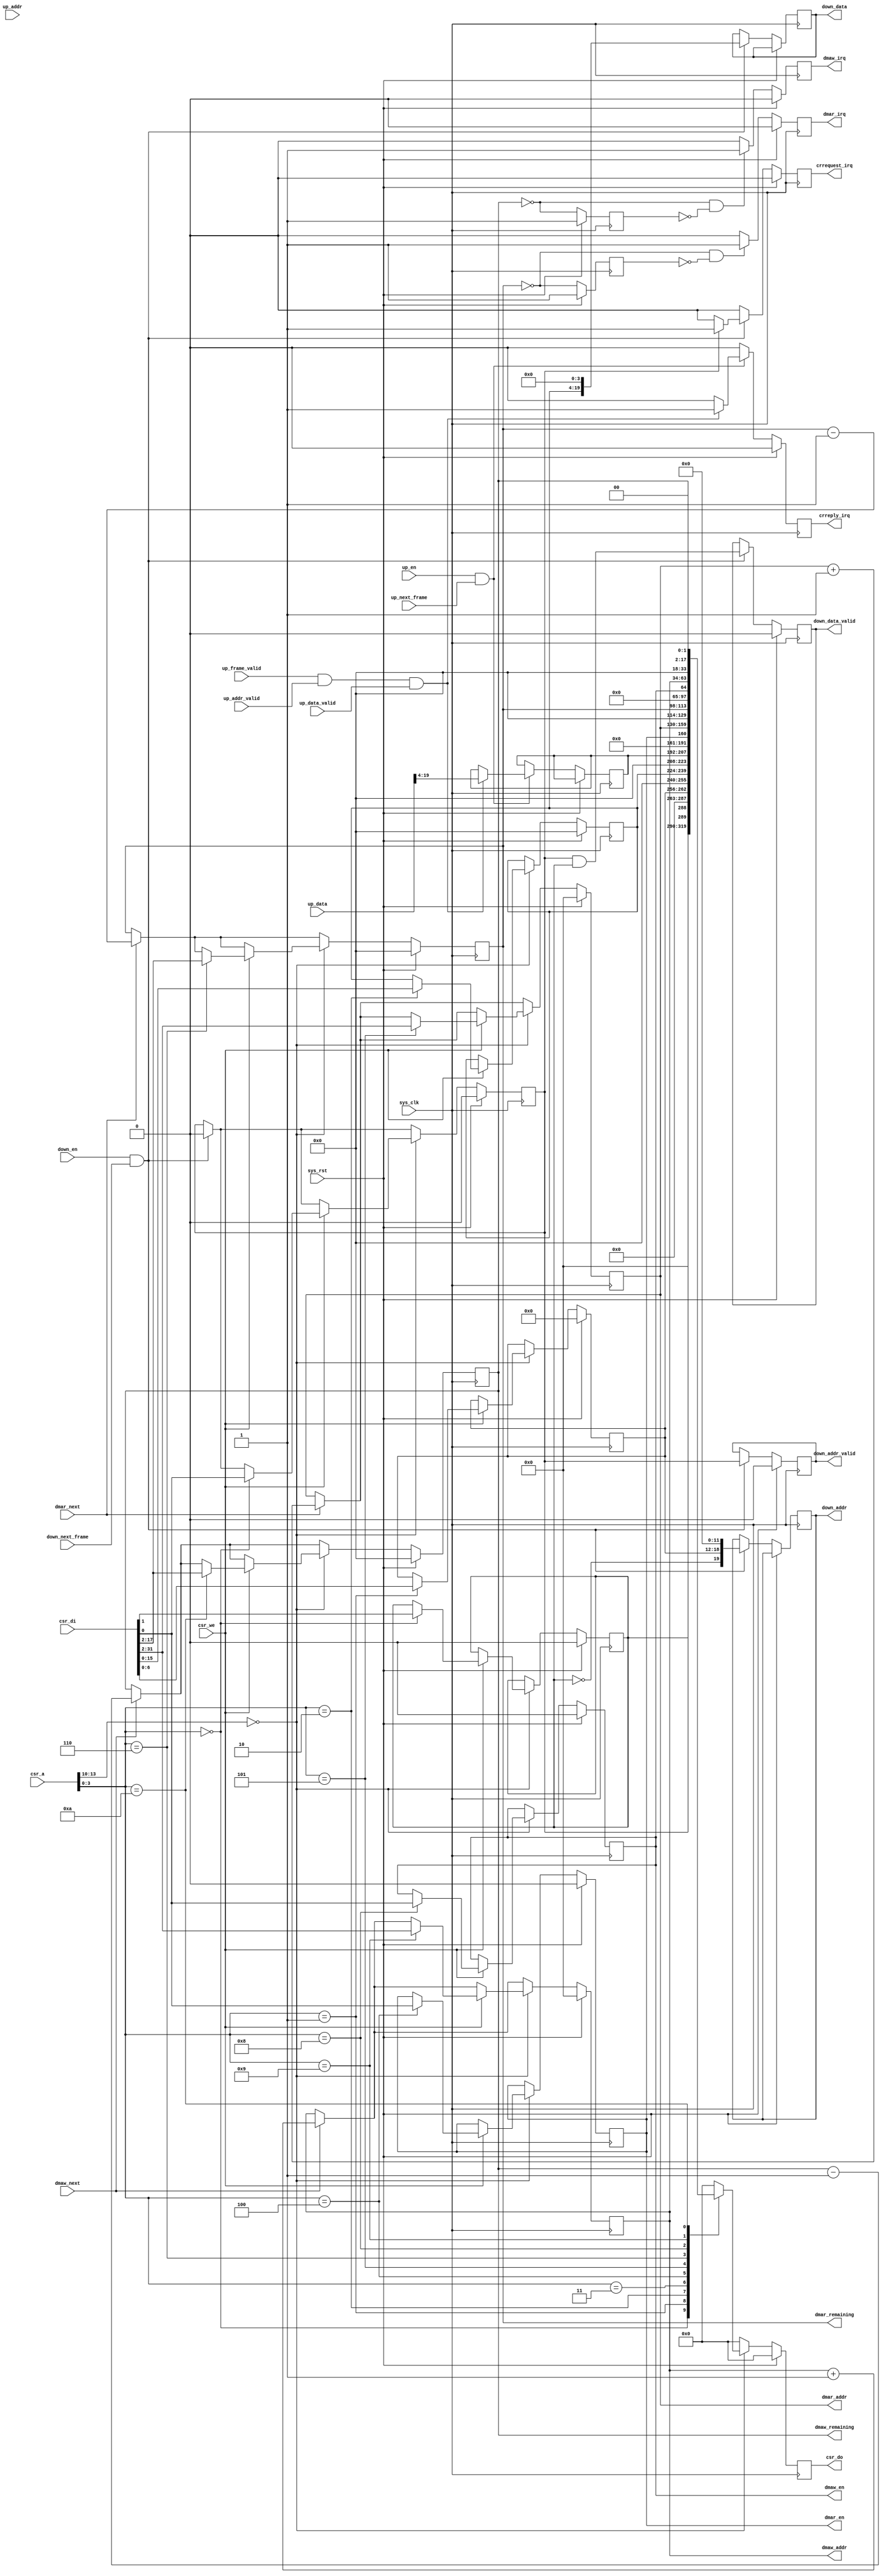
module ac97_ctlif #(
	parameter csr_addr = 4'h0
) (
	input sys_clk,
	input sys_rst,

	input [13:0] csr_a,
	input csr_we,
	input [31:0] csr_di,
	output reg [31:0] csr_do,
	
	output reg crrequest_irq,
	output reg crreply_irq,
	output reg dmar_irq,
	output reg dmaw_irq,
	
	input down_en,
	input down_next_frame,
	output reg down_addr_valid,
	output reg [19:0] down_addr,
	output reg down_data_valid,
	output reg [19:0] down_data,

	input up_en,
	input up_next_frame,
	input up_frame_valid,
	input up_addr_valid,
	input [19:0] up_addr,
	input up_data_valid,
	input [19:0] up_data,
	
	output reg dmar_en,
	output reg [29:0] dmar_addr,
	output reg [15:0] dmar_remaining,
	input dmar_next,
	output reg dmaw_en,
	output reg [29:0] dmaw_addr,
	output reg [15:0] dmaw_remaining,
	input dmaw_next
);

wire dmar_finished = dmar_remaining == 16'd0;
reg dmar_finished_r;
always @(posedge sys_clk) begin
	if(sys_rst)
		dmar_finished_r <= 1'b1;
	else
		dmar_finished_r <= dmar_finished;
end
wire dmaw_finished = dmaw_remaining == 16'd0;
reg dmaw_finished_r;
always @(posedge sys_clk) begin
	if(sys_rst)
		dmaw_finished_r <= 1'b1;
	else
		dmaw_finished_r <= dmaw_finished;
end

wire csr_selected = csr_a[13:10] == csr_addr;

reg request_en;
reg request_write;
reg [6:0] request_addr;
reg [15:0] request_data;
reg [15:0] reply_data;
always @(posedge sys_clk) begin
	if(sys_rst) begin
		csr_do <= 32'd0;
		request_en <= 1'b0;
		request_write <= 1'b0;
		request_addr <= 7'd0;
		request_data <= 16'd0;
		
		down_addr_valid <= 1'b0;
		down_data_valid <= 1'b0;
		
		dmar_en <= 1'b0;
		dmar_addr <= 30'd0;
		dmar_remaining <= 16'd0;
		dmaw_en <= 1'b0;
		dmaw_addr <= 30'd0;
		dmaw_remaining <= 16'd0;
		
		crrequest_irq <= 1'b0;
		crreply_irq <= 1'b0;
		dmar_irq <= 1'b0;
		dmaw_irq <= 1'b0;
	end else begin
		crrequest_irq <= 1'b0;
		crreply_irq <= 1'b0;
		dmar_irq <= 1'b0;
		dmaw_irq <= 1'b0;
	
		if(down_en & down_next_frame) begin
			down_addr_valid <= request_en;
			down_addr <= {~request_write, request_addr, 12'd0};
			down_data_valid <= request_en & request_write;
			down_data <= {request_data, 4'd0};
			
			request_en <= 1'b0;
			if(request_en)
				crrequest_irq <= 1'b1;
		end
		if(up_en & up_next_frame) begin
			if(up_frame_valid & up_addr_valid & up_data_valid) begin
				crreply_irq <= 1'b1;
				reply_data <= up_data[19:4];
			end
		end
		
		if(dmar_next) begin
			dmar_addr <= dmar_addr + 30'd1;
			dmar_remaining <= dmar_remaining - 16'd1;
		end
		if(dmaw_next) begin
			dmaw_addr <= dmaw_addr + 30'd1;
			dmaw_remaining <= dmaw_remaining - 16'd1;
		end
		
		if(dmar_finished & ~dmar_finished_r)
			dmar_irq <= 1'b1;
		if(dmaw_finished & ~dmaw_finished_r)
			dmaw_irq <= 1'b1;
	
		csr_do <= 32'd0;
		if(csr_selected) begin
			if(csr_we) begin
				case(csr_a[3:0])
					/* Codec register access */
					4'b0000: begin
						request_en <= csr_di[0];
						request_write <= csr_di[1];
					end
					4'b0001: request_addr <= csr_di[6:0];
					4'b0010: request_data <= csr_di[15:0];
					// Reply Data is read-only
					
					/* Downstream */
					4'b0100: dmar_en <= csr_di[0];
					4'b0101: dmar_addr <= csr_di[31:2];
					4'b0110: dmar_remaining <= csr_di[17:2];
					
					/* Upstream */
					4'b1000: dmaw_en <= csr_di[0];
					4'b1001: dmaw_addr <= csr_di[31:2];
					4'b1010: dmaw_remaining <= csr_di[17:2];
				endcase
			end
			case(csr_a[3:0])
				/* Codec register access */
				4'b0000: csr_do <= {request_write, request_en};
				4'b0001: csr_do <= request_addr;
				4'b0010: csr_do <= request_data;
				4'b0011: csr_do <= reply_data;
				
				/* Downstream */
				4'b0100: csr_do <= dmar_en;
				4'b0101: csr_do <= {dmar_addr, 2'b00};
				4'b0110: csr_do <= {dmar_remaining, 2'b00};

				/* Upstream */
				4'b1000: csr_do <= dmaw_en;
				4'b1001: csr_do <= {dmaw_addr, 2'b00};
				4'b1010: csr_do <= {dmaw_remaining, 2'b00};
			endcase
		end
	end
end

endmodule